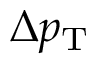
\Delta p _ { \mathrm { T } }